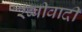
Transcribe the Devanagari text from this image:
रब्बीवादी